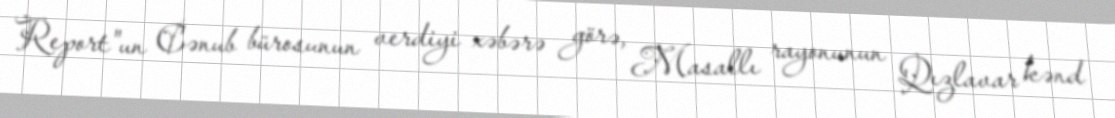
Report"un Cənub bürosunun verdiyi xəbərə görə, Masallı rayonunun Qızlavar kənd